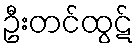
ဦးတင်ထွဋ်